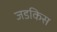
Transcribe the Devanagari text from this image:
जडकिस